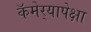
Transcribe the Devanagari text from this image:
कॅमेर्‍यापेक्षा